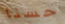
حسنا